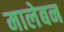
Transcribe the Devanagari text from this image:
मालेबन